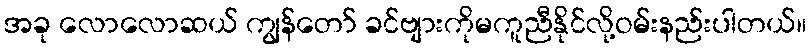
အခု လောလောဆယ် ကျွန်တော် ခင်ဗျားကိုမကူညီနိုင်လို့ဝမ်းနည်းပါတယ်။